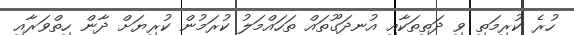
ހުރެ ކުރިމަތި ވި ދަތިތަކާއި އުނދަގޫތައް ތަހައްމަލު ކުރަމުން ކުރިޔަށް ދާން ހިތްވަރާއި